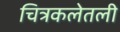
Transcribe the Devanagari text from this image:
चित्रकलेतली